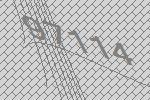
97114